Annual vaccination report of Bihar and Orissa - 1911-1928
Year: 1911
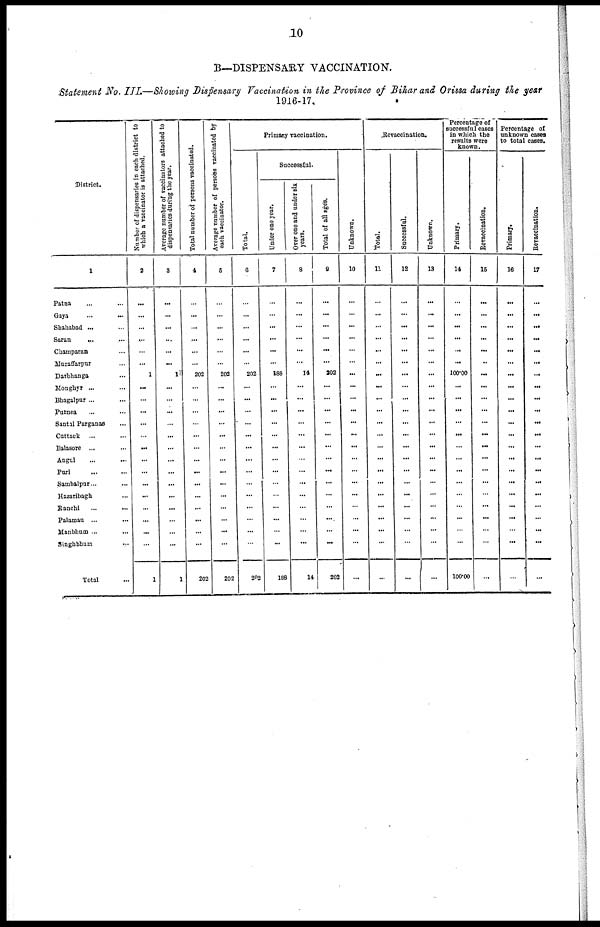
10
B—DISPENSARY VACCINATION.
Statement No. III.—Showing Dispensary Vaccination in the Province of Bihar and Orissa during the year
1916-17.
District.
1
Patna ... ...
Gaya
...
...
Shahabad ... ...
Saran
... ...
Champaran ...
Muzaffarpur ...
Darbhanga ...
Monghyr ... ...
Bhagalpur ...
Purnea ... ...
Santal Parganas ...
Cuttack ... ...
Balasore ... ...
Angul ... ...
Puri ... ...
Sambalpur... ...
Hazaribagh ...
Ranchi ... ...
Palamau ... ...
Manbhum ... ...
Singhbhum ...
Total ...
Number of dispensaries in each district to
which a vaccinator is attached.
2
...
...
...
...
...
...
1
...
...
...
...
...
...
...
...
...
...
...
...
...
...
1
Average number of vaccinators attached to
dispensaries during the year.
3
...
...
...
...
...
...
1
...
...
...
...
...
...
...
...
...
...
...
...
...
...
1
Total number of persons vaccinated.
4
...
...
...
...
...
...
202
...
...
...
...
...
...
...
...
...
...
...
...
...
...
202
Average number of persons vaccinated by
each vaccinator.
5
...
...
...
...
...
...
202
...
...
...
...
...
...
...
...
...
...
...
...
...
...
202
Primary vaccination.
Total.
6
...
...
...
...
...
...
202
...
...
...
...
...
...
...
...
...
...
...
...
...
...
202
Successful.
Under one year.
7
...
...
...
...
...
...
188
...
...
...
...
...
...
...
...
...
...
...
...
...
...
188
Over one and under six
years.
8
...
...
...
...
...
...
14
...
...
...
...
...
...
...
...
...
...
...
...
...
...
14
Total of all ages.
9
...
...
...
...
...
...
202
...
...
...
...
...
...
...
...
...
...
...
...
...
...
202
Unknown.
10
...
...
...
...
...
...
...
...
...
...
...
...
...
...
...
...
...
...
...
...
...
...
Revaccination.
Total.
11
...
...
...
...
...
...
...
...
...
...
...
...
...
...
...
...
...
...
...
...
...
...
Successful.
12
...
...
...
...
...
...
...
...
...
...
...
...
...
...
...
...
...
...
...
...
...
...
Unknown.
13
...
...
...
...
...
...
...
...
...
...
...
...
...
...
...
...
...
...
...
...
...
...
Percentage of
successful cases
in which the
results were
known.
Primary.
14
...
...
...
...
...
...
100.00
...
...
...
...
...
...
...
...
...
...
...
...
...
...
100.00
Revaccination.
15
...
...
...
...
...
..
...
...
...
...
...
...
...
...
...
...
...
...
...
...
...
...
Percentage of
unknown cases
to total cases.
Primary.
16
...
...
...
...
...
...
...
...
...
...
...
...
...
...
...
...
...
...
...
...
...
...
Revaccination.
17
...
...
...
...
...
...
...
...
...
...
...
...
...
...
...
...
...
...
...
...
...
...